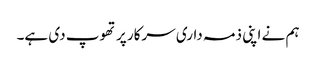
ہم نے اپنی ذمہ داری سرکار پر تھوپ دی ہے۔